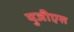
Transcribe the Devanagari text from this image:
युजीएस